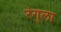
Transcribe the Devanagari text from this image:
रंगुला